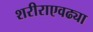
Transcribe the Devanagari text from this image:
शरीराएवढ्या